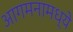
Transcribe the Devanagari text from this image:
आगमनामध्ये